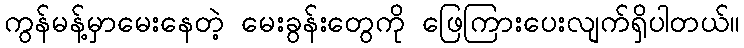
ကွန်မန့်မှာမေးနေတဲ့ မေးခွန်းတွေကို ဖြေကြားပေးလျက်ရှိပါတယ်။